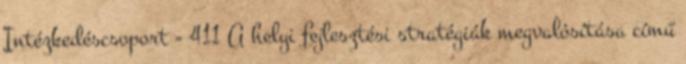
Intézkedéscsoport - 411 A helyi fejlesztési stratégiák megvalósítása című